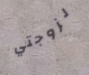
لزوجتي